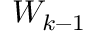
W _ { k - 1 }